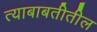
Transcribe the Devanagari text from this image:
त्याबाबतीतील